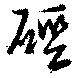
硜